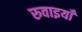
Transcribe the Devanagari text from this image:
रुवाइयाँ